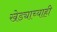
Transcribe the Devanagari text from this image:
खेड्याच्याही